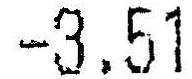
-3.51